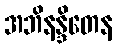
အဘိနန္ဒိတေန